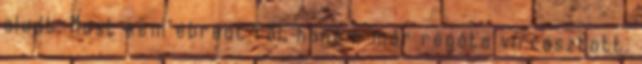
aludt. Most sem ébredt föl, hanem már régóta virrasztott.